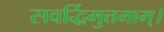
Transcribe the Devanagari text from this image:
सवर्द्धिमुत्तमाम्‌।